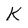
Character: K